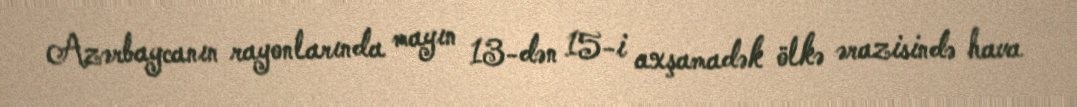
Azərbaycanın rayonlarında mayın 13-dən 15-i axşamadək ölkə ərazisində hava